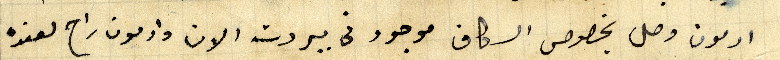
ادمون وصل بخصوص السكاف موجود في بيروت الان وادمون راح لعنده